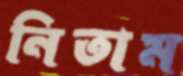
নিতাম